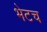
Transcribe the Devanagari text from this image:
भेटच